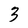
Character: 3